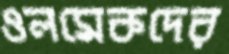
ওলমেকদের